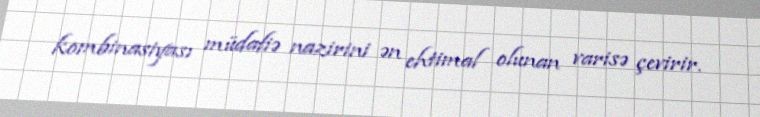
kombinasiyası müdafiə nazirini ən ehtimal olunan varisə çevirir.